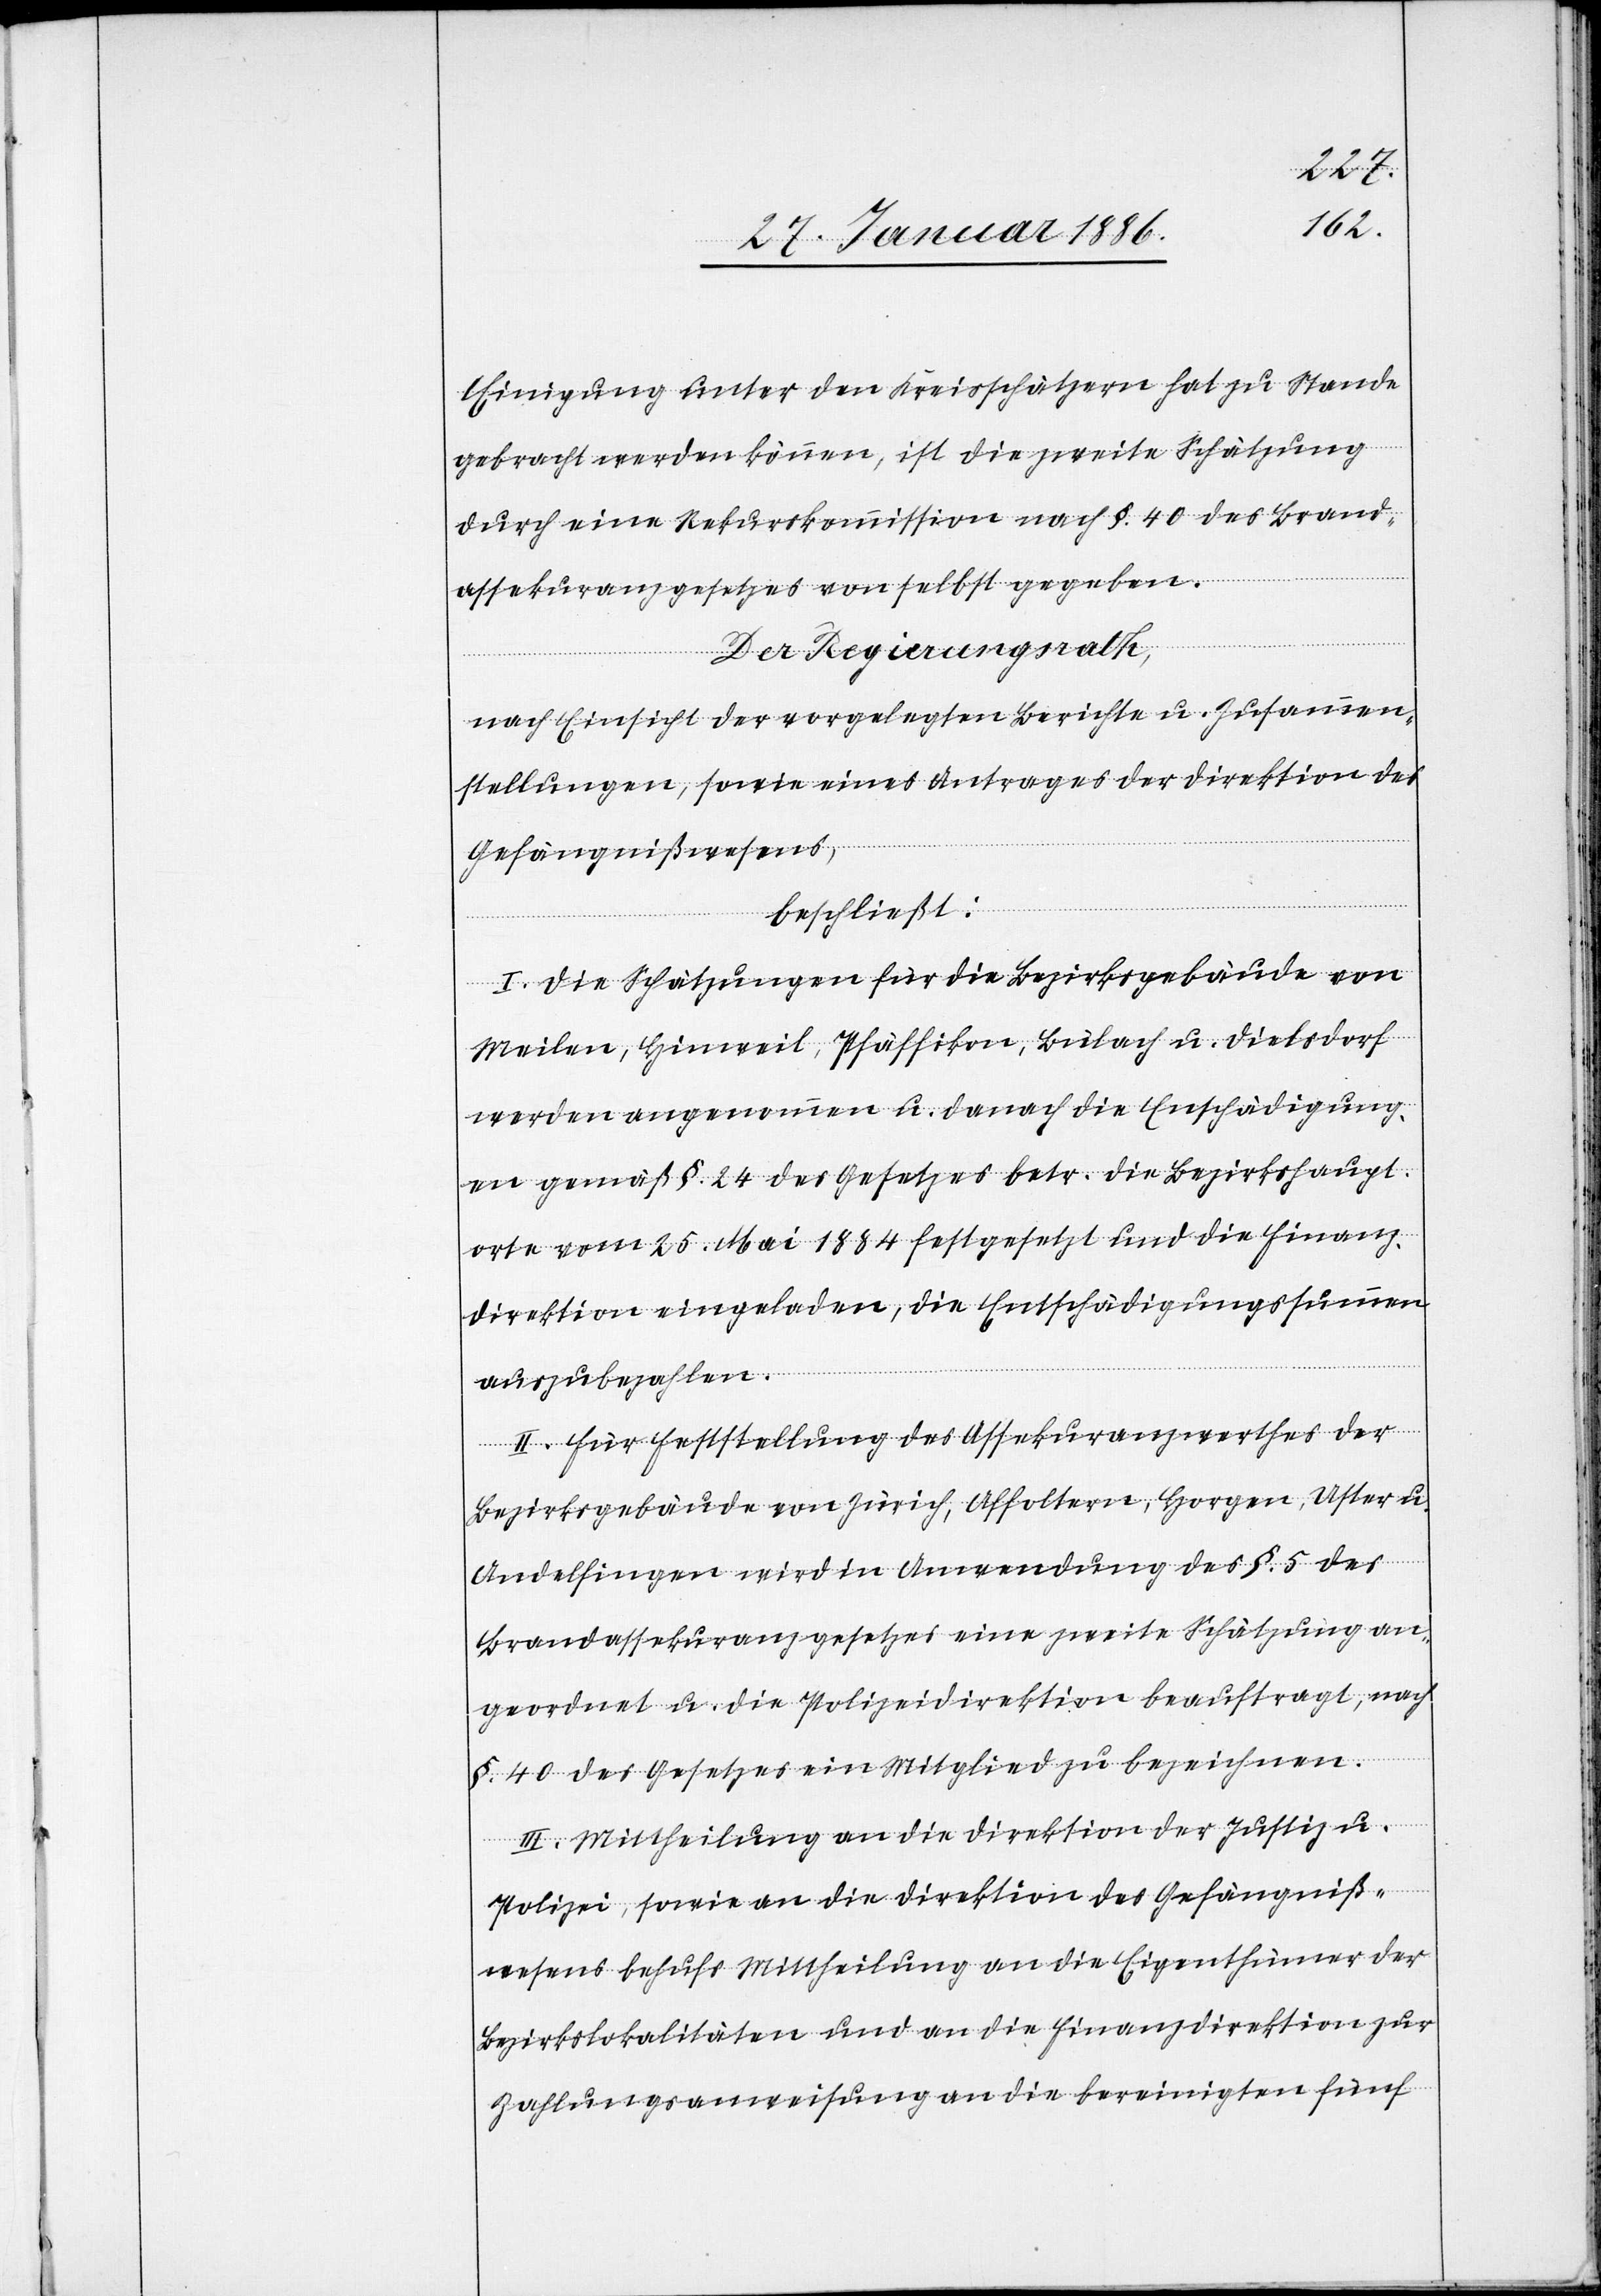
Einigung unter den Kreisschätzern hat zu Stande
gebracht werden können, ist die zweite Schätzung
durch eine Rekurskommission nach §. 40 des Brand¬
assekuranzgesetzes von selbst gegeben.
Der Regierungsrath,
nach Einsicht der vorgelegten Berichte u. Zusammen¬
stellungen, sowie eines Antrages der Direktion des
Gefängnißwesens,
beschließt:
I. Die Schätzungen für die Bezirksgebäude von
Meilen, Hinweil, Pfäffikon, Bülach, u. Dielsdorf
werden angenommen u. danach die Entschädigung¬
en gemäß §. 24 des Gesetzes betr. die Bezirkshaupt¬
orte vom 25. Mai 1884 festgesetzt und die Finanz¬
direktion eingeladen, die Entschädigungssummen
auszubezahlen.
II. Für Feststellung des Assekuranzwerthes der
Bezirksgebäude von Zürich, Affoltern, Horgen, Uster u.
Andelfingen wird in Anwendung des §. 5 des
Brandassekuranzgesetzes eine zweite Schätzung an¬
geordnet u. due Polizeidirektion beauftragt, nach
§. 40 des Gesetzes ein Mitglied zu bezeichnen.
III. Mittheilung an die Direktion der Justiz u.
Polizei, sowie an die Direktion des Gefängniß¬
wesens behufs Mittheilung an die Eigenthümer der
Bezirkslokalitäten und an die Finanzdirektion zur
Zahlungsanweisung an die bereinigten fünf